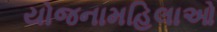
યોજનામહિલાઓ